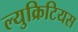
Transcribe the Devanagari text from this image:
ल्युक्रिटियस